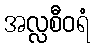
အလ္လစီဝရံ